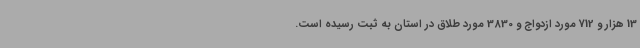
13 هزار و 712 مورد ازدواج و 3830 مورد طلاق در استان به ثبت رسیده است.